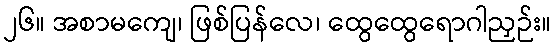
၂၆။ အစာမကျေ၊ ဖြစ်ပြန်လေ၊ ထွေထွေရောဂါညှဉ်း။